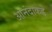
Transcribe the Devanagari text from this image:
आनंदाकडे